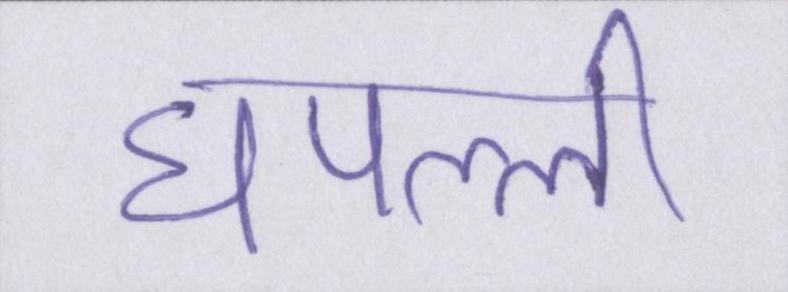
घपल्ली